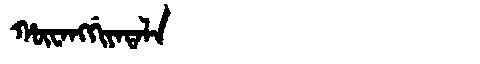
Manchu: ᡥᡡᠸᠠᠩᡤᡳᠶᠠᡨᠠᠯᠠ
Romanization: HŪWANGGIYATALA